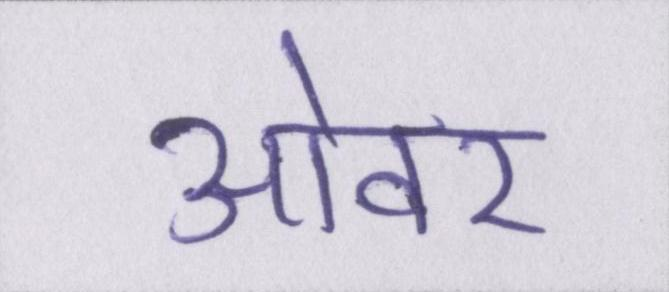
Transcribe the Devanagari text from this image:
ओवर